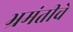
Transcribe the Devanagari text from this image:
भ्रमंतीचे